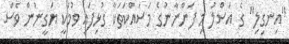
"އިނގިލި" ގެ އަސްލު މި ފަންނާނުގެ މަސައްކަތަކާ ގުޅިފައި ވުމަކީ ޔަގީނުން ވެސް